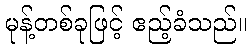
မုန့်တစ်ခုဖြင့် ဧည့်ခံသည်။